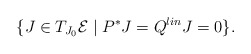
\begin{align*}\{ J\in T_{J_0}\mathcal E\mid P^*J=Q^{lin}J=0\}.\end{align*}